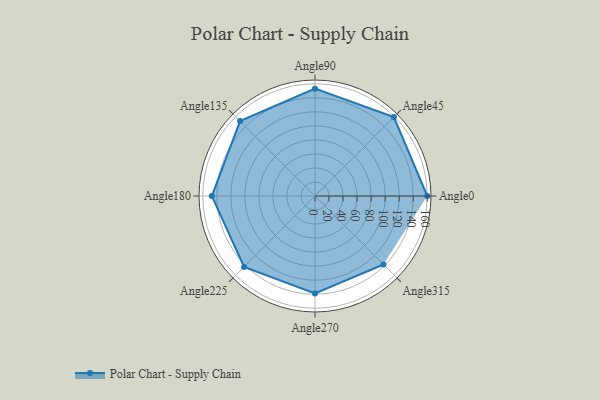
{"axis": {"x": "Angle", "y": "Radius"}, "legend": [""], "data": [{"x": "Angle0", "y": 160.0, "type": ""}, {"x": "Angle45", "y": 159.0, "type": ""}, {"x": "Angle90", "y": 153.0, "type": ""}, {"x": "Angle135", "y": 151.0, "type": ""}, {"x": "Angle180", "y": 147.0, "type": ""}, {"x": "Angle225", "y": 143.0, "type": ""}, {"x": "Angle270", "y": 139.0, "type": ""}, {"x": "Angle315", "y": 138.0, "type": ""}]}